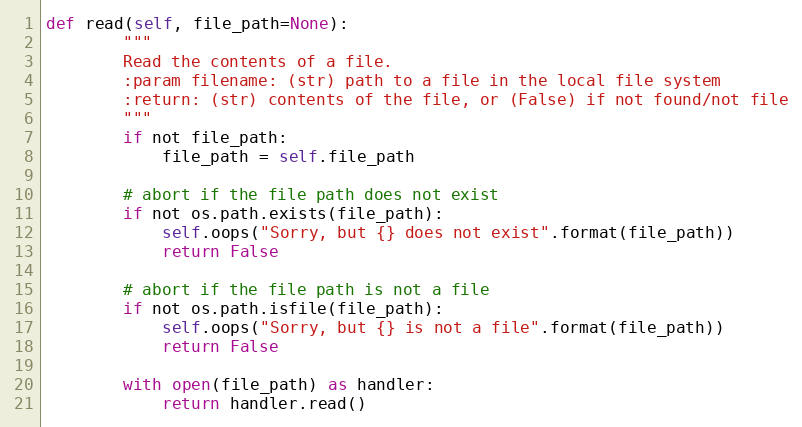
Language: Python
def read(self, file_path=None):
        """
        Read the contents of a file.
        :param filename: (str) path to a file in the local file system
        :return: (str) contents of the file, or (False) if not found/not file
        """
        if not file_path:
            file_path = self.file_path

        # abort if the file path does not exist
        if not os.path.exists(file_path):
            self.oops("Sorry, but {} does not exist".format(file_path))
            return False

        # abort if the file path is not a file
        if not os.path.isfile(file_path):
            self.oops("Sorry, but {} is not a file".format(file_path))
            return False

        with open(file_path) as handler:
            return handler.read()